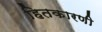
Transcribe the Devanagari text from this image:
हितकारणी